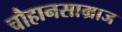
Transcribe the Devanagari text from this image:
चौहानसाम्राज